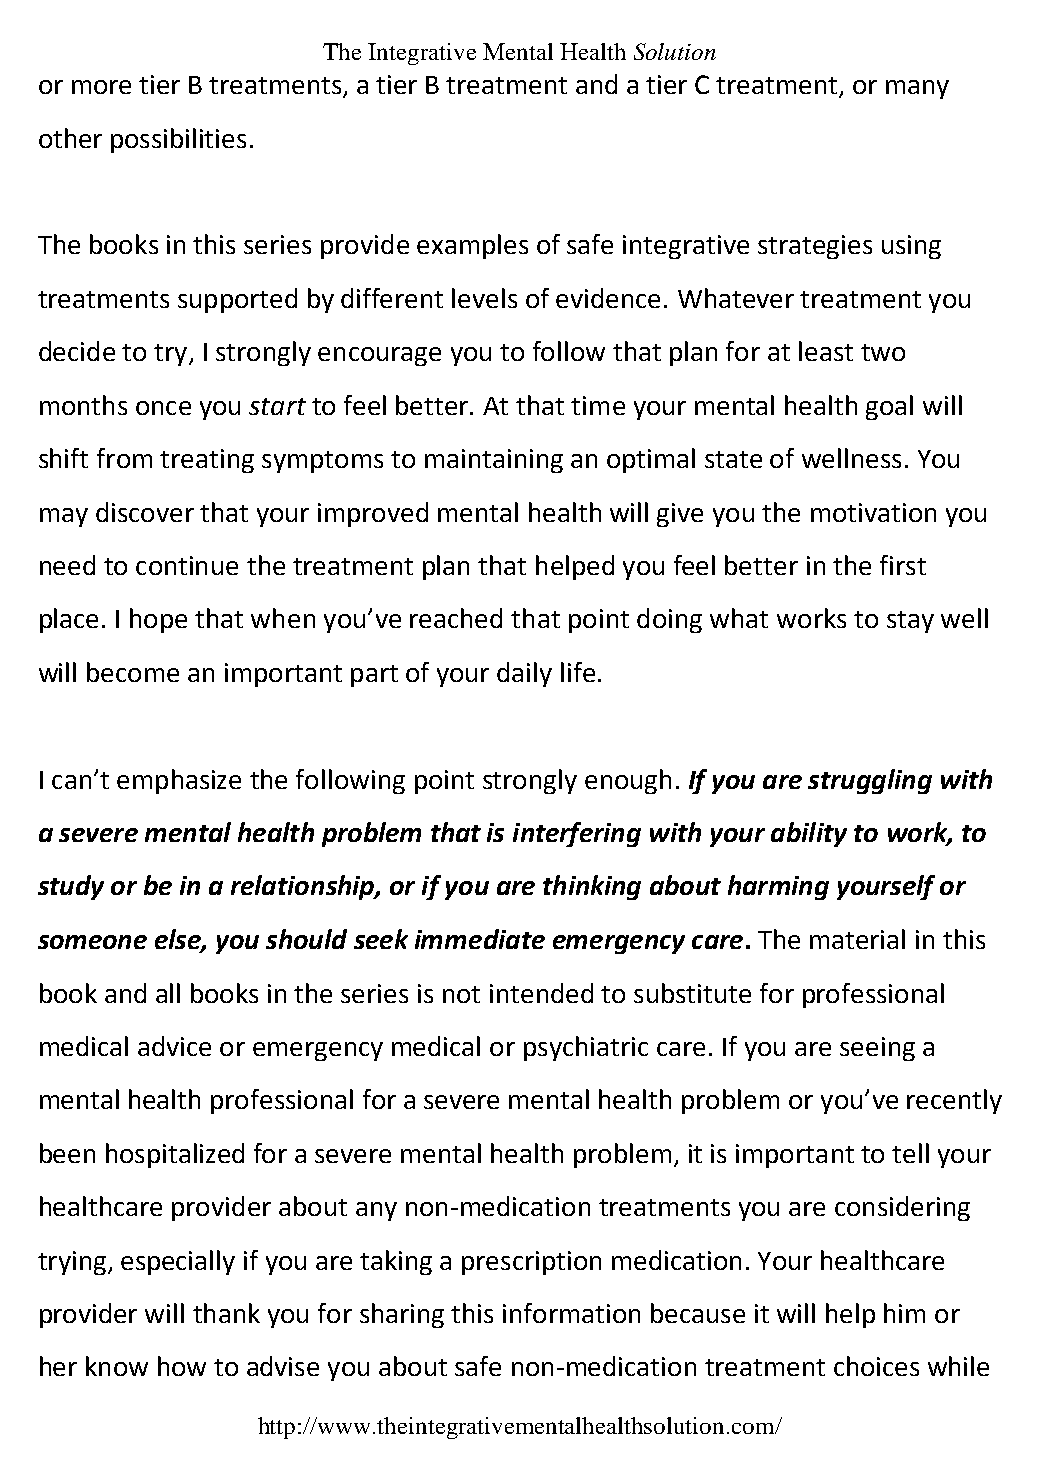
The Integrative Mental Health Solution
 or more tier B treatments, a tier B treatment and a tier C treatment, or many
 other possibilities.
 The books in this series provide examples of safe integrative strategies using
 treatments supported by different levels of evidence. Whatever treatment you
 decide to try, I strongly encourage you to follow that plan for at least two
 months once you start to feel better. At that time your mental health goal will
 shift from treating symptoms to maintaining an optimal state of wellness. You
 may discover that your improved mental health will give you the motivation you
 need to continue the treatment plan that helped you feel better in the first
 place. I hope that when you’ve reached that point doing what works to stay well
 will become an important part of your daily life.
 I can’t emphasize the following point strongly enough. If you are struggling with
 a severe mental health problem that is interfering with your ability to work, to
 study or be in a relationship, or if you are thinking about harming yourself or
 someone else, you should seek immediate emergency care. The material in this
 book and all books in the series is not intended to substitute for professional
 medical advice or emergency medical or psychiatric care. If you are seeing a
 mental health professional for a severe mental health problem or you’ve recently
 been hospitalized for a severe mental health problem, it is important to tell your
 healthcare provider about any non-medication treatments you are considering
 trying, especially if you are taking a prescription medication. Your healthcare
 provider will thank you for sharing this information because it will help him or
 her know how to advise you about safe non-medication treatment choices while
 http://www.theintegrativementalhealthsolution.com/